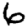
Digit: 6